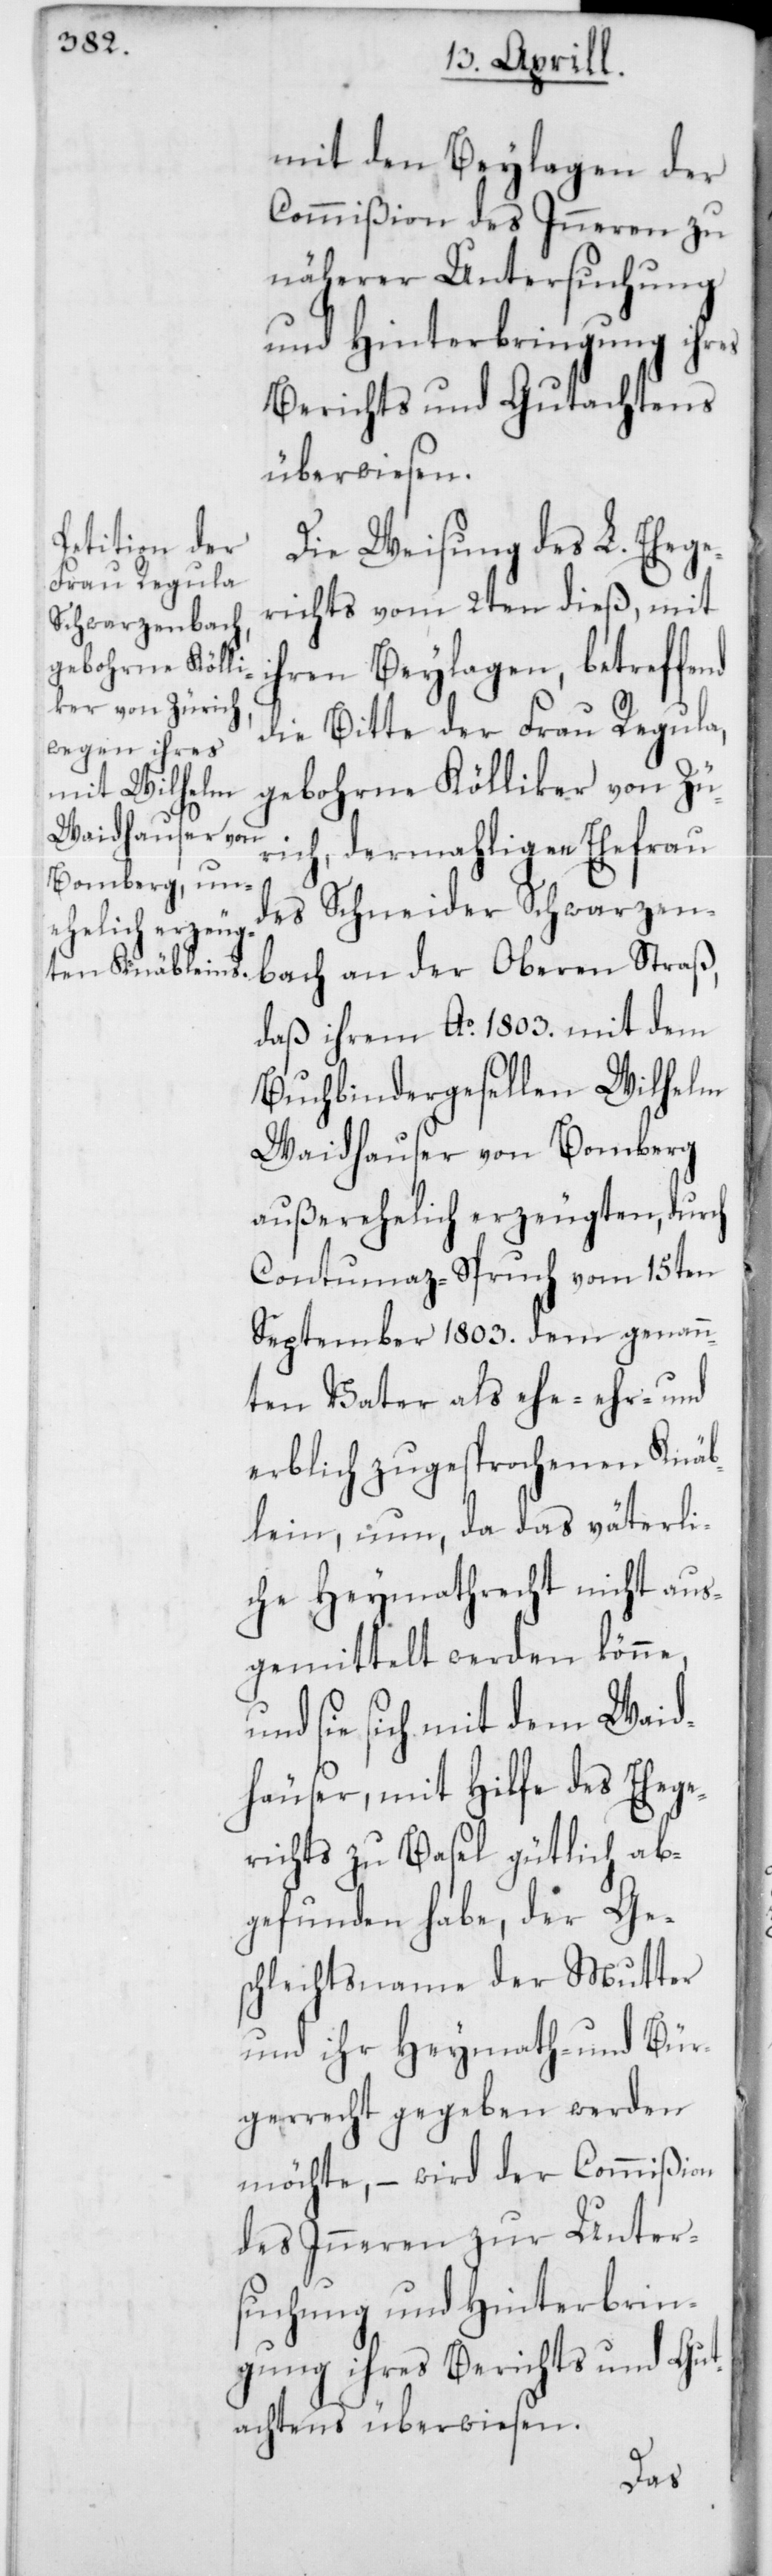
mit den Beylagen der
Commißion des Inneren zu
näherer Untersuchung
und Hinterbringung ihres
Berichts und Gutachtens
überwiesen.
Die Weisung des L. Ehege¬
richts vom 2ten dieß, mit
ihren Beylagen, betreffe¬
die Bitte der Frau Regula,
gebohrne Kölliker von Zü¬
rich, dermahliger Ehefrau
des Schneider Schwarzen¬
bach an der Oberen Straß,
daß ihrem Ao. 1803. mit dem
Buchbindergesellen Wilhelm
Waidhauser von Bomberg
außerehelich erzeugten, durch
Contumaz-Spruch vom 15ten
September 1803. dem genann¬
ten Vater als ehe-[,]
erblich zugesprochenen Knäb¬
lein, nun, da das väterli¬
che Heymathrecht nicht aus¬
gemittelt werden könne,
und sie sich mit dem Waid¬
hauser, mit Hilfe des Ehege¬
richts zu Basel gütlich ab¬
gefunden habe, der Ge¬
schlechtsname der Mutter
und ihr Heymath- und Bür¬
gerrecht gegeben werden
möchte, – wird der Commißion
des Inneren zur Unter¬
suchung und Hinterbrin¬
gung ihres Berichts und Gut¬
achtens überwiesen.
nd